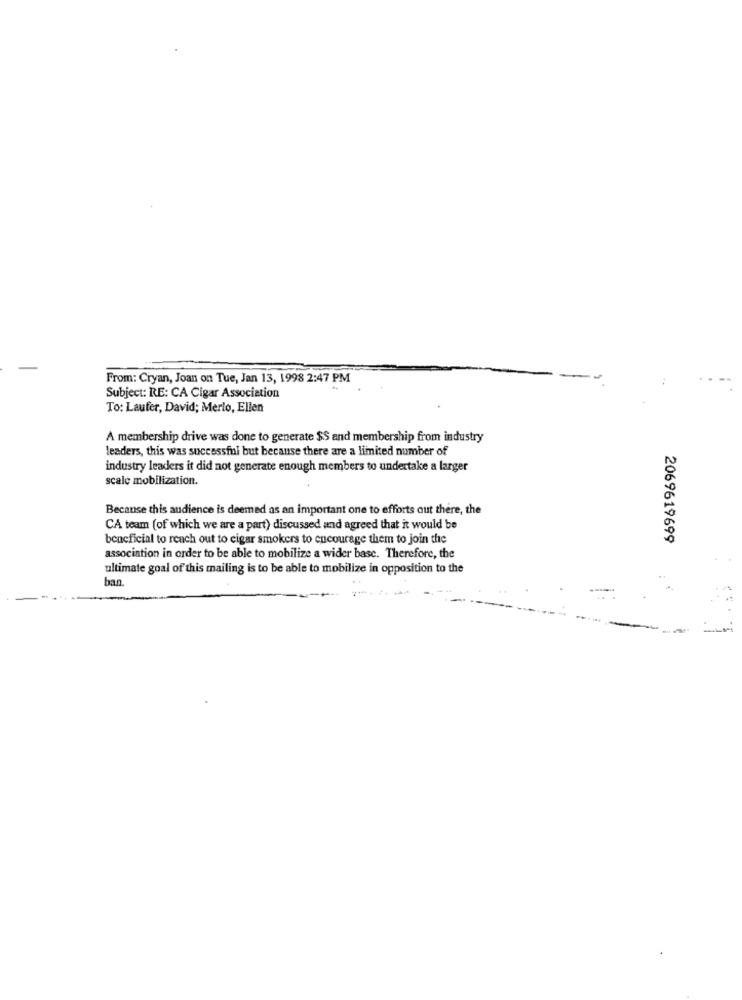
From: Cryan, Joan on Tue, Jan 13, 1998 2:47 PM
Subject: RE: CA Cigar Association
To: Laufer, David; Merlo, Ellen
A membership drive was done to generate $$ and membership from industry
leaders, this was successful but because there are a limited number of
industry leaders it did not generate enough members to undertake a larger
scale mobilization.
Because this audience is deemed as an important one to efforts out there, the
CA team (of which we are a part) discussed and agreed that it would be
beneficial to reach out to cigar smokers to encourage them to join the
2069619699
association in order to be able to mobilize a wider base. Therefore, the
ultimate goal of this mailing is to be able to mobilize in opposition to the
ban